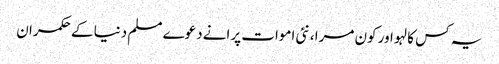
یہ کس کا لہو اور کون مرا، نئی اموات پرانے دعوے‎	 مسلم دنیا کے حکمران